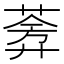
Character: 𬝧